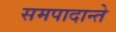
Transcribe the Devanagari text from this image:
समपादान्ते